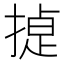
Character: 𭡸